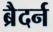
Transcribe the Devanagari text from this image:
ब्रैदर्न